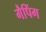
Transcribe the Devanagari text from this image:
गैपिंग